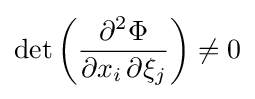
\det \left({\frac {\partial ^{2}\Phi }{\partial x_{i}\,\partial \xi _{j}}}\right)\neq 0